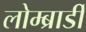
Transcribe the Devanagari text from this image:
लोम्ब्रार्डी